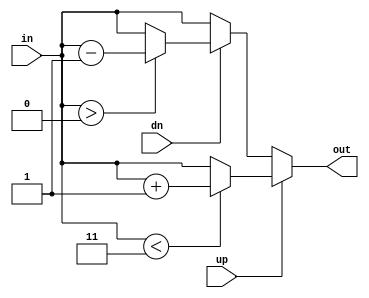
/*
A saturating incrementer/decrementer.
Adds +/-1 to the input with saturation to prevent overflow.
*/

module sat_updn #(
    parameter WIDTH=2
) (
    input [WIDTH-1:0] in,
    input up, // Taken
    input dn, // Not-taken

    output reg [WIDTH-1:0] out
);
	// MSB is our prediction
	always @(*) begin
		if (up) begin
			out = (in < ((2 ** WIDTH) - 1)) ? (in + 1) : in;
		end
		else if (dn) begin
			out = (in > 0) ? (in - 1) : in;
		end
		else begin
			out = in;
		end
	end
endmodule